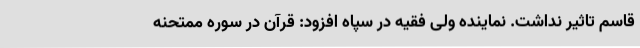
قاسم تاثیر نداشت. نماینده ولی فقیه در سپاه افزود: قرآن در سوره ممتحنه